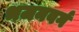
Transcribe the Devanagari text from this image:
भजनवर्ग